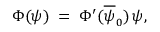
\Phi ( \psi ) \; = \; \Phi ^ { \prime } ( \overline { { \psi } } _ { 0 } ) \, \psi ,